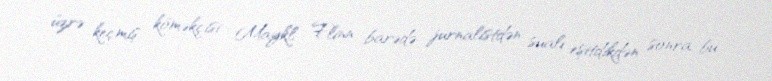
üzrə keçmiş köməkçisi Maykl Flinn barədə jurnalistdən sualı eşitdikdən sonra bu